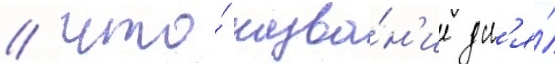
/ что́ назва́н'ие дл'я́